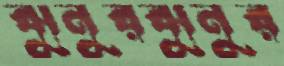
ঝুনুরঝুনুর